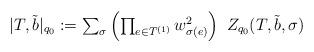
LaTeX: \begin{align*}\textstyle |T,\tilde b|_{q_0}:= \sum_\sigma \left( \prod_{e\in T^{(1)}}w_{\sigma(e)}^2 \right)\ Z_{q_0}(T,\tilde b,\sigma)\end{align*}